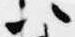
以